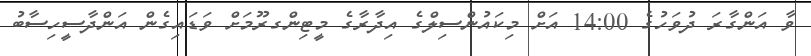
ވާ އަންގާރަ ދުވަހުގެ 14:00 އަށް މިކައުންސިލްގެ އިދާރާގެ މީޓިންގރޫމަށް ވަޑައިގެން އަންދާސީހިސާބު